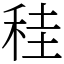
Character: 䅅